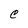
Character: C